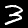
Digit: 3